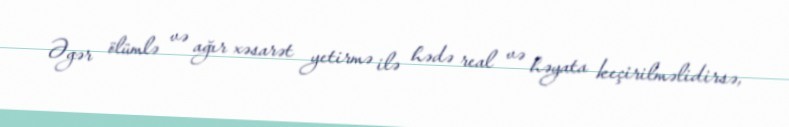
Əgər ölümlə və ağır xəsarət yetirmə ilə hədə real və həyata keçirilməlidirsə,